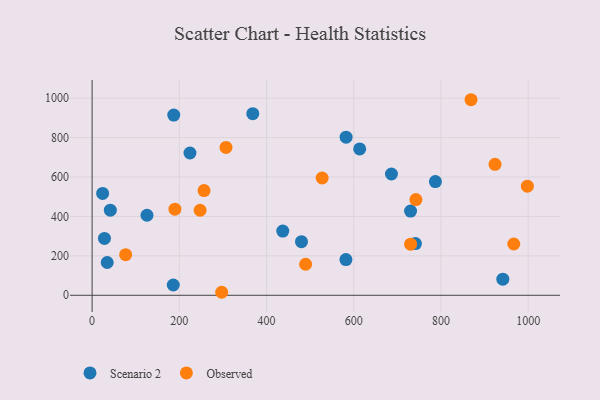
{"axis": {"x": "Price", "y": "Profit"}, "legend": ["Observed", "Scenario 2"], "data": [{"x": "480.1", "y": 272.1, "type": "Scenario 2"}, {"x": "34.6", "y": 166.3, "type": "Scenario 2"}, {"x": "368.4", "y": 921.3, "type": "Scenario 2"}, {"x": "582.0", "y": 181.1, "type": "Scenario 2"}, {"x": "730.2", "y": 427.2, "type": "Scenario 2"}, {"x": "582.4", "y": 802.3, "type": "Scenario 2"}, {"x": "613.6", "y": 742.8, "type": "Scenario 2"}, {"x": "186.1", "y": 52.2, "type": "Scenario 2"}, {"x": "787.2", "y": 577.1, "type": "Scenario 2"}, {"x": "28.3", "y": 288.4, "type": "Scenario 2"}, {"x": "741.4", "y": 262.4, "type": "Scenario 2"}, {"x": "941.8", "y": 81.6, "type": "Scenario 2"}, {"x": "187.2", "y": 914.3, "type": "Scenario 2"}, {"x": "125.8", "y": 406.0, "type": "Scenario 2"}, {"x": "686.4", "y": 615.4, "type": "Scenario 2"}, {"x": "437.2", "y": 326.0, "type": "Scenario 2"}, {"x": "24.1", "y": 517.1, "type": "Scenario 2"}, {"x": "224.4", "y": 722.0, "type": "Scenario 2"}, {"x": "41.8", "y": 431.8, "type": "Scenario 2"}, {"x": "923.9", "y": 664.4, "type": "Observed"}, {"x": "868.9", "y": 992.3, "type": "Observed"}, {"x": "730.4", "y": 259.5, "type": "Observed"}, {"x": "307.0", "y": 750.3, "type": "Observed"}, {"x": "998.1", "y": 553.5, "type": "Observed"}, {"x": "76.9", "y": 206.1, "type": "Observed"}, {"x": "189.9", "y": 437.0, "type": "Observed"}, {"x": "966.9", "y": 260.2, "type": "Observed"}, {"x": "297.1", "y": 15.3, "type": "Observed"}, {"x": "527.5", "y": 595.1, "type": "Observed"}, {"x": "489.6", "y": 157.5, "type": "Observed"}, {"x": "247.6", "y": 431.6, "type": "Observed"}, {"x": "256.7", "y": 531.1, "type": "Observed"}, {"x": "742.5", "y": 485.9, "type": "Observed"}]}